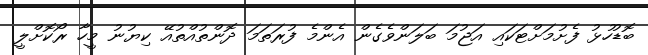
ބޮޑުހުޅު ފެށުމަށްޓަކައި އަޖުމަ ބަލަންވެގެން އެންމެ ފުރަތަމަ ދޮންތުއްތުއޭ ކިޔުނު މީހާ ރޯކޮށްލީ